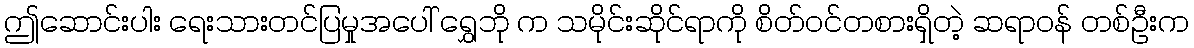
ဤဆောင်းပါး ရေးသားတင်ပြမှုအပေါ် ရွှေဘို က သမိုင်းဆိုင်ရာကို စိတ်ဝင်တစားရှိတဲ့ ဆရာဝန် တစ်ဦးက